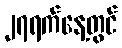
၂၇ရက်နေ့တွင်